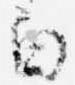
白